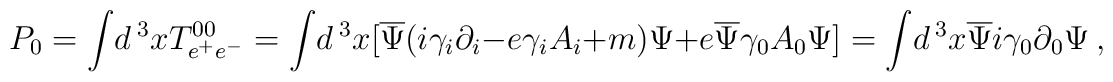
P_0=\int\!d\,^3x T^{00}_{e^+e^-}=        \int\!d\,^3x[\overline{\Psi}(i \gamma_i\partial_i-e\gamma_i A_i         +m)\Psi+e\overline{\Psi}\gamma_0 A_0\Psi]        =\int\!d\,^3x        \overline{\Psi}i\gamma_0 \partial_0\Psi\ ,